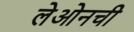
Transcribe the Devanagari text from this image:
लेओनची